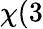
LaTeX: \chi(3